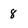
Character: 8